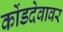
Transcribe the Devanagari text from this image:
कोंडदेवावर